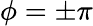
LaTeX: \phi=\pm\pi